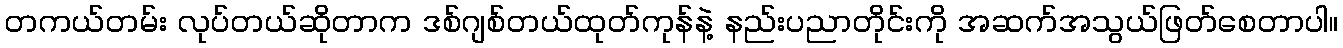
တကယ်တမ်း လုပ်တယ်ဆိုတာက ဒစ်ဂျစ်တယ်ထုတ်ကုန်နဲ့ နည်းပညာတိုင်းကို အဆက်အသွယ်ဖြတ်စေတာပါ။